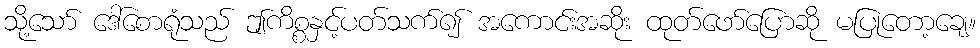
သို့သော် ဒေါ်စောရုံသည် ဤကိစ္စနှင့်ပတ်သက်၍ အကောင်းအဆိုး ထုတ်ဖော်ပြောဆို မပြုတော့ချေ။